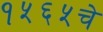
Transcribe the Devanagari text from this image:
१५६५चे